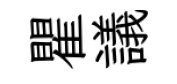
瞿議